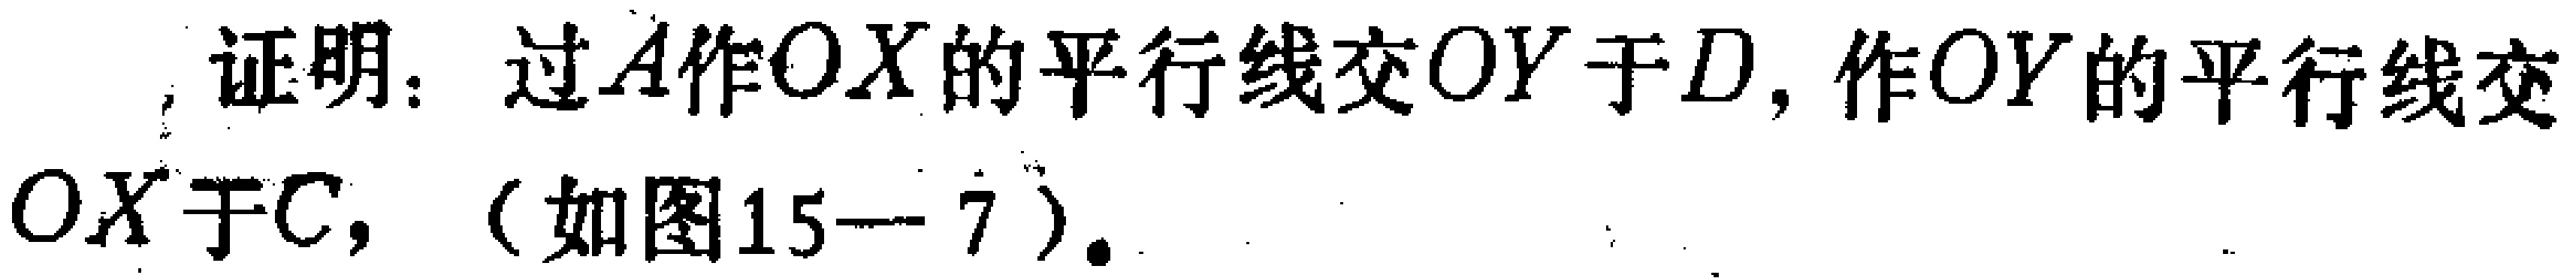
, 证明：过\(A\)作\(OX\)的平行线交\(OY\)于\(D\)，作\(OY\)的平行线交\(OX\)于\(C\)，（如图15---7）.